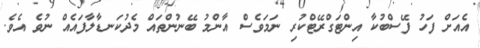
އެއަށް ފަހު ފޭސްބުކާ އިންޓަގްރޭޓްކުރި ނަމަވެސް އާންމު ބޭނުންތައް މެދުކަނޑާލާފައެއް ނުވެ އެވެ.